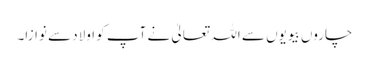
چاروں بیویوں سے اللہ تعالیٰ نے آپ کو اولاد سے نوازا۔